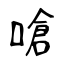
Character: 嗆